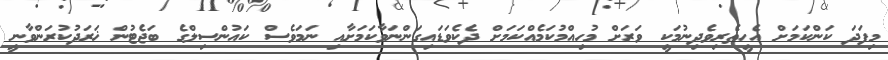
މިފަދަ ކަންކަމަށް އެހީތެރިވެދިނުމަކީ ވަރަށް މުހިއްމުކަމެއްކަމަށް ދެކެވަޑައިގަންނަވާކަމަށާއި ނަމަވެސް ކައުންސިލްގެ ބަޖެޓުން ޚަރަދުކުރަންވާނީ